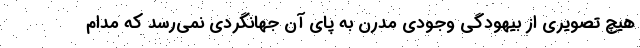
هیچ تصویری از بیهودگی وجودی مدرن به پای آن جهانگردی نمی‌رسد که مدام